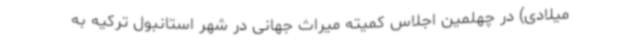
میلادی) در چهلمین اجلاس کمیته میراث جهانی در شهر استانبول ترکیه به